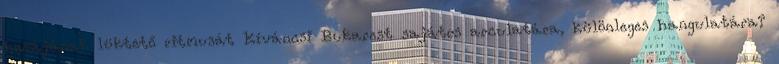
hazájának lüktető ritmusát Kíváncsi Bukarest sajátos arculatára, különleges hangulatára?